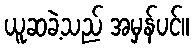
ယူဆခဲ့သည် အမှန်ပင်။